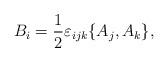
LaTeX: \begin{align*}B_i=\frac{1}{2}\varepsilon_{ijk}\{A_j,A_k\}, \end{align*}